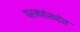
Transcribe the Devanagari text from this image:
परमहंसदेव